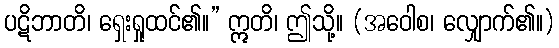
ပဋိဘာတိ၊ ရှေးရှုထင်၏။” ဣတိ၊ ဤသို့။ (အဝေါစ၊ လျှောက်၏။)